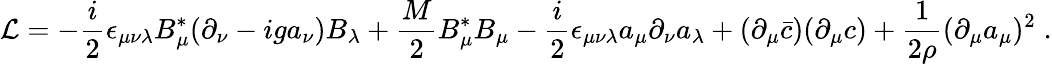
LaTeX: {\cal L}=-\frac{i}{2}\epsilon_{\mu\nu\lambda}B_{\mu}^{*}(\partial_{\nu}-iga_{\nu})B_{\lambda}+\frac{M}{2}B_{\mu}^{*}B_{\mu}-\frac{i}{2}\epsilon_{\mu\nu\lambda}a_{\mu}\partial_{\nu}a_{\lambda}+(\partial_{\mu}\bar{c})(\partial_{\mu}c)+\frac{1}{2\rho}(\partial_{\mu}a_{\mu})^{2}\; .